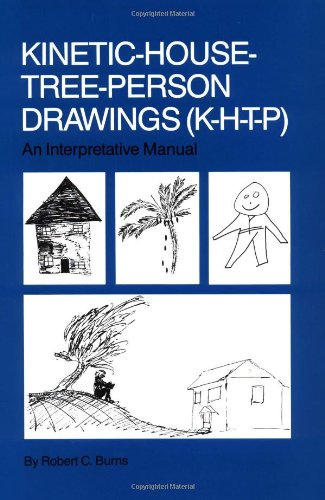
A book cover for Kinetic House-Tree-Person Drawings: K-H-T-P: An Interpretative Manual; Robert C. Burns; Crafts, Hobbies & Home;